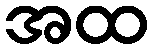
အထ